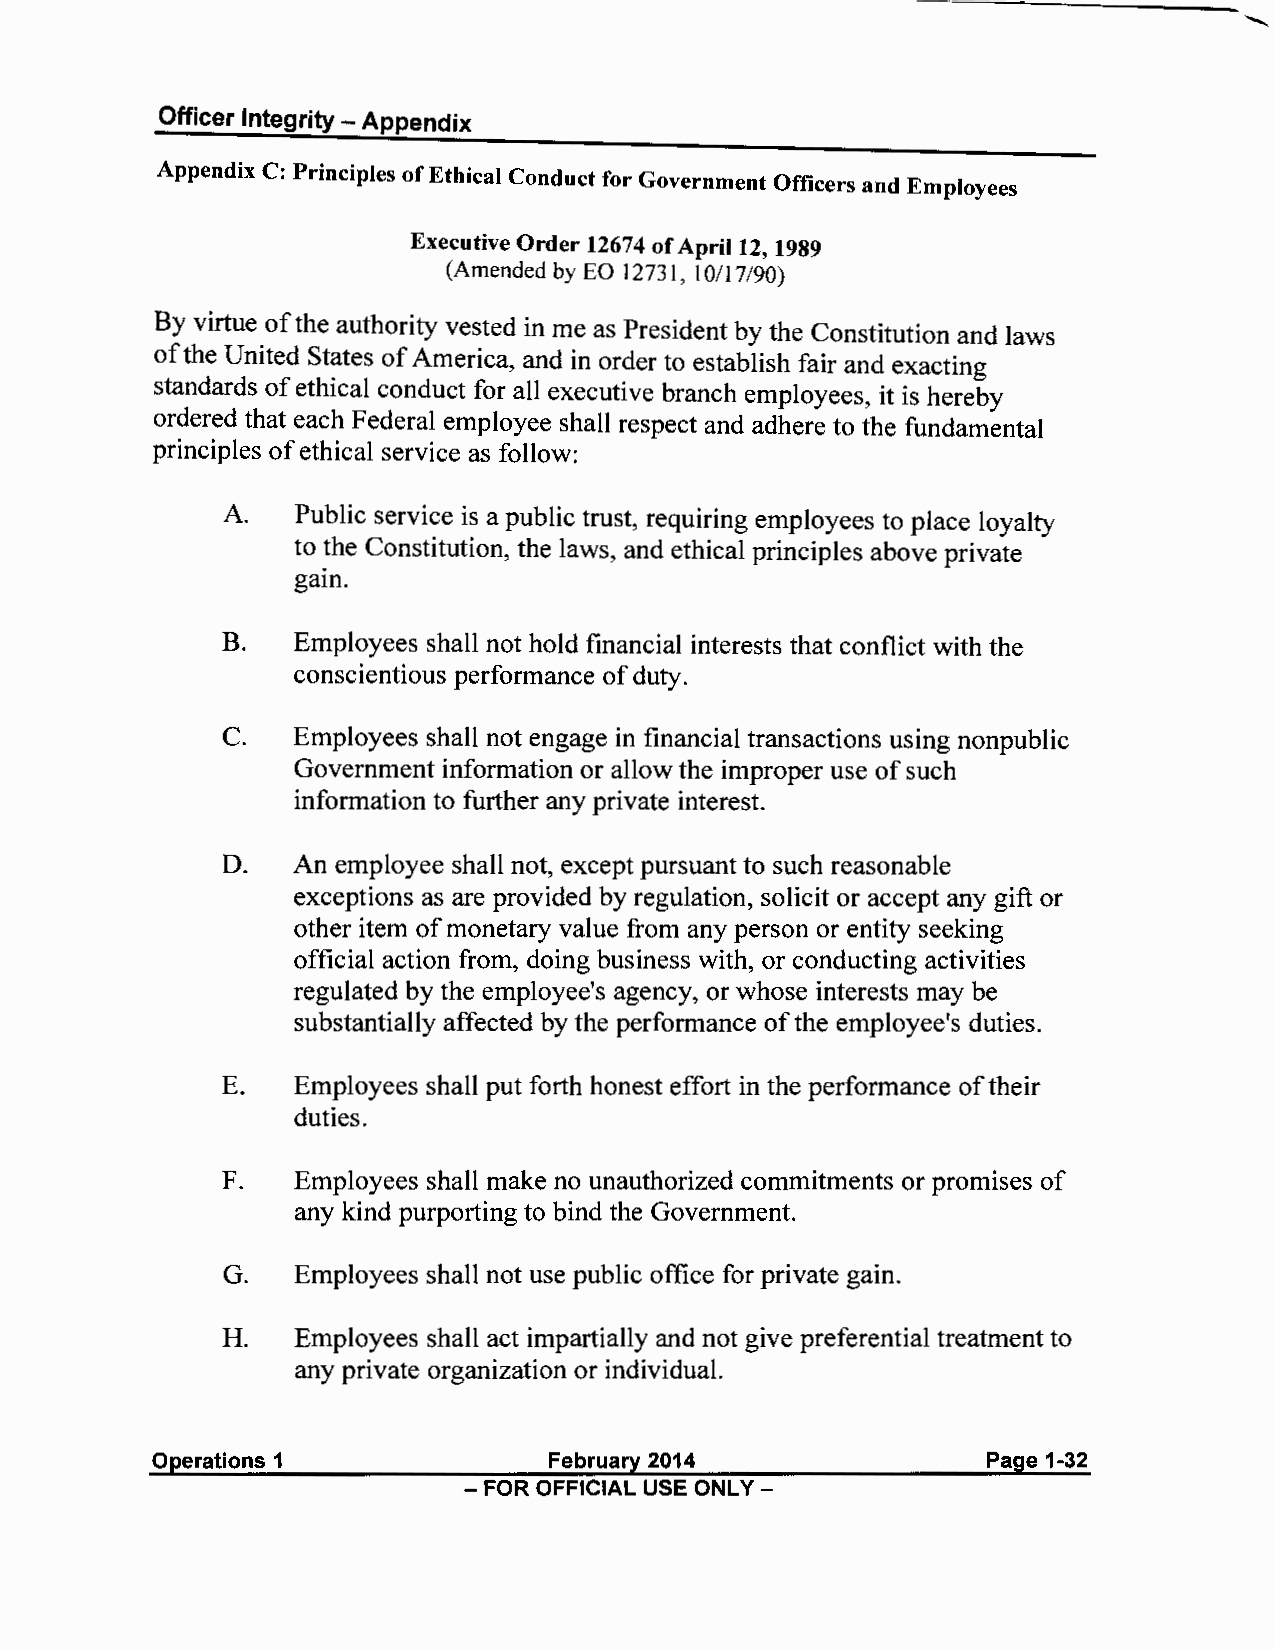
Officer Integrity - Appendix
 Appendix C: Principles of Ethical Conduct for Government Officers and Employees
 Executive Order 12674 of April 12, 1989
 (Amended by EO 12731, 10/17/90)
 By virtue of the authority vested in me as President by the Constitution and laws
 of the United States of America, and in order to establish fair and exacting
 standards of ethical conduct for all executive branch employees, it is hereby
 ordered that each Federal employee shall respect and adhere to the fundamental
 principles of ethical service as follow:
 A.   Public service is a public trust, requiring employees to place loyalty
 to the Constitution, the laws, and ethical principles above private
 gam.
 B.  Employees shall not hold financial interests that conflict with the
 conscientious performance of duty.
 C.  Employees shall not engage in financial transactions using nonpublic
 Government information or allow the improper use of such
 information to further any private interest.
 D.  An employee shall not, except pursuant to such reasonable
 exceptions as are provided by regulation, solicit or accept any gift or
 other item of monetary value from any person or entity seeking
 official action from, doing business with, or conducting activities
 regulated by the employee's agency, or whose interests may be
 substantially affected by the performance of the employee's duties.
 E.   Employees shall put forth honest effort in the performance of their
 duties.
 F.   Employees shall make no unauthorized commitments or promises of
 any kind purporting to bind the Government.
 G.   Employees shall not use public office for private gain.
 H.   Employees shall act impartially and not give preferential treatment to
 any private organization or individual.
 Operations 1              February 2014                Page 1-32
 - FOR OFFICIAL USE ONLY -